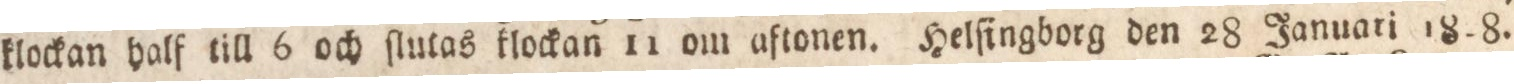
klockan half till 6 och ſlutas klockan 11 om aftonen. Helſingborg den 28. Januari 1828.